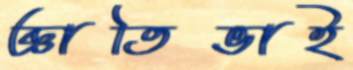
জ্ঞাতিভাই